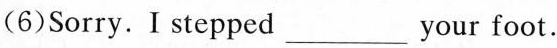
（6）Sorry.I stepped _________ your foot.